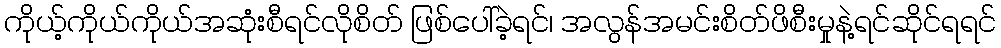
ကိုယ့်ကိုယ်ကိုယ်အဆုံးစီရင်လိုစိတ် ဖြစ်ပေါ်ခဲ့ရင်၊ အလွန်အမင်းစိတ်ဖိစီးမှုနဲ့ရင်ဆိုင်ရရင်